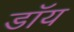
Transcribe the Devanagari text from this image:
डॉय